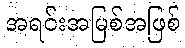
အရင်းအမြစ်အဖြစ်